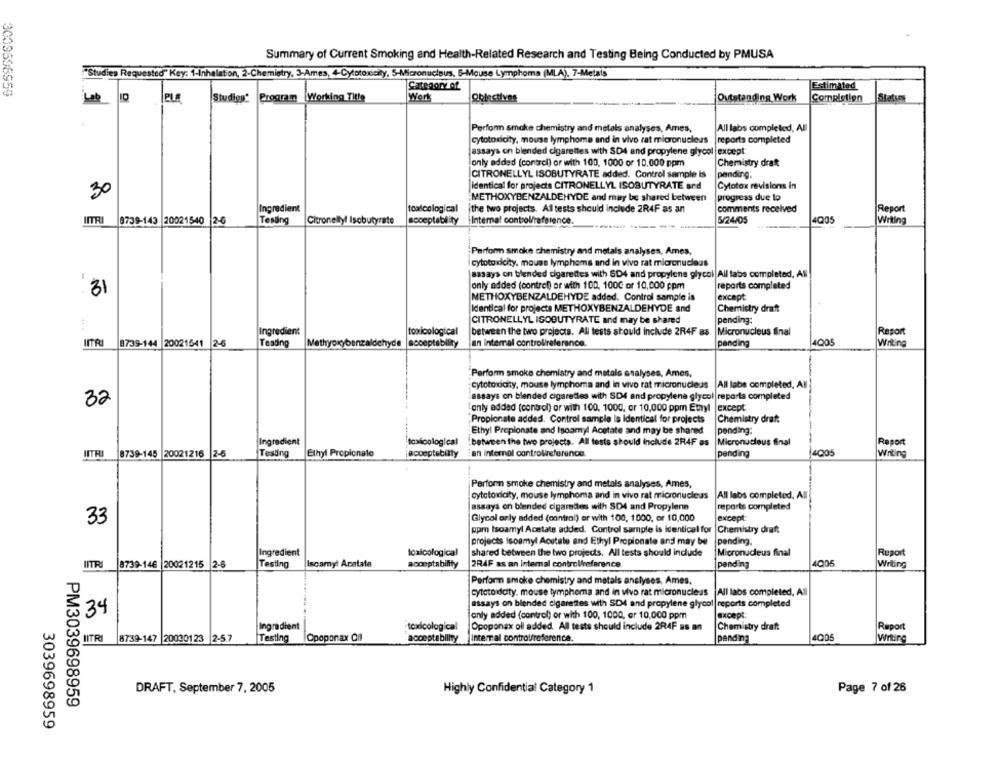
Summary of Current Smoking and Health-Related Research and Testing Being Conducted by PMUSA
"Studies Requested" Key: 1-Inhalation, 2-Chemistry, 3-Ames, 4-Cytotoxicity, S-Micronucleus, 6-Mouse Lymphoma (MLA). 7-Metals
Category of
Estimated
Lab
Studigg'
Program Working Title
Werk
Qblectives
Outstanding Work
Completion
Perfonn smoke chemistry and metals analyses, Ames,
All labs completed, All
cytotodicity, mouse lymphome and in vivo rat micronucleus
reports completed
assays on blended cigarettes with SD4 and propylene glycol except
only added (control) or with 100, 1000 or 10.000 ppm
Chemistry draft
CITRONELLYL ISOBUTYRATE added. Control sample is
pending:
Cytotox revisions in
identical for projects CITRONELLYL ISOBUTYRATE and
30
METHOXYBENZALDEHYDE and may be shared between
progress due to
Ingredient
toxicological
the two projects. Al tests should include 2R4F as an
comments received
Report
9739-143 20021540 2-6
Tesung
Citronellyl Isobutyrate
acceptability Internal control/reference.
5/24/05
4005
Writing
Perform smoke chemistry and metals analyses, Ames,
cytoto dcity, mouse lymphoms and in vivo rat micronucleus
assays on blended cigarettes with SD4 and propylene glycol All tabs completed, All
only added (control) or with 100, 100G or 10,000 ppm
reports completed
:31
METHOXYBENZALDEHYDE added. Control sample is
except
Identical for projects METHOXYBENZALDEHYDE and
Chemistry draft
CITRONELLYL ISOBUTYRATE and may be shared
pending:
Ingredient
toxicological
between the two projects. All tests should include 2R4F as
Micronucleus final
Raport
INTRI
8739-144 20021541 2-6
Testing
Math
yde
acceptability
an internal controlireferance.
pending
I005
Writing
Perform smoke chemistry and matals analyses, Ames,
cytotoxicity, mouse lymphoma and in vivo rat micronucleus All labe completed, All
essays on blended cigaretles with SD4 and propylene glycol reporta completed
32
only added (control) or with 100, 1000, or 10,000 ppm Ethyl |except
Propionate added. Control sample Is Identical for projects
Chemistry draf:
Ethyl Propionate and Isoaryl Acetate and may be shared
pending:
Ingredient
toxicological
"between the two projects. All tests should include 2R4F as Micronucleus final
Report
INTR
8739-145 20021216
2-5
Testing
Ethyl Propionate
acceptebilty
an internal controlireference.
pending
1005
Writing
Perform smoke chemistry and metals analyses, Ames,
cytotoxicity, mouse lymphoma and in vivo rat micronucleus
All labs completed. All
assays on blended digamdes with SD4 and Propylene
reports completed
Glycol only added (contral) or with 100, 1000, or 10,000
except
33
ppmn Isoamyl Acetate added. Control sample is identical for |Chemistry draft
projects isoamyl Acetate and Ethyl Propionate and may be
pending.
Ingredient
toxicological
shared between the two projects. All tests should include
Micronucleus final
Report
IITRI 8739-146 20021215 2-6
Testing
Iscarnyt Acatate
acceptability
2RAF as an internal controlreference
pending
4005
Writing
Perform smoke chemistry and metals analyses, Ames,
cytotoxicity. mouse lymphoma and in vivo rat micronucleus
All labs completed, All
essays on blended cigarettes with SD4 and propylene glycol|reports completed
34
only added (control) or with 100, 1000, or 10,000 ppm
except
Ingradient
Opoponax oll added All tests should include 2R4F as an
Chemistry draft
toxicological
Raport
IITRI
8739-147 20030123 2-57
Testing
Cpoponax Cf
acceptabliity
Internal controlfreference.
pending
4005
Wirting
DRAFT, September 7, 2005
Highly Confidential Category 1
Page 7 of 26
PM3039698959
3039698959